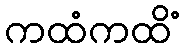
ကထံကထိံ